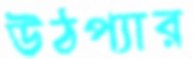
উঠপ্যার